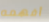
أفهمه